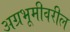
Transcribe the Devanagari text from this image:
अग्रभूमीवरील